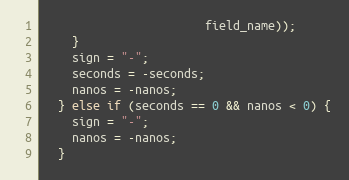
Language: C++
                       field_name));
    }
    sign = "-";
    seconds = -seconds;
    nanos = -nanos;
  } else if (seconds == 0 && nanos < 0) {
    sign = "-";
    nanos = -nanos;
  }